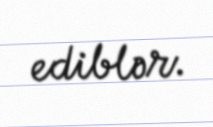
ediblər.